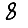
Digit: 8